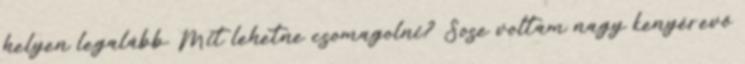
helyen legalább. Mit lehetne csomagolni? Sose voltam nagy kenyérevő